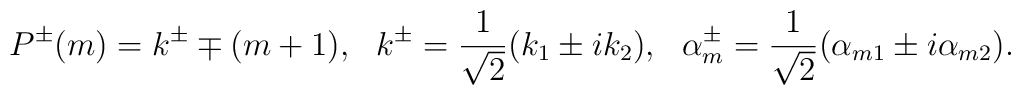
P^{\pm}(m)= k^{\pm}\mp (m+1),~~k^{\pm}=\frac{1}{\sqrt{2}}(k_1\pm ik_2),~~\alpha^{\pm}_{m}=\frac{1}{\sqrt{2}}(\alpha_{m1}\pm i\alpha_{m2}).